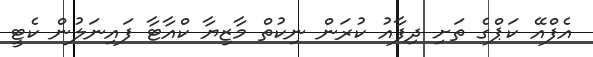
އެފްއޭ ކަޕްގެ ތަށި ދިފާއު ކުރަން ނިކުތް މާޒިޔާ ކްއާޓާ ފައިނަލުން ކެޓީ